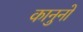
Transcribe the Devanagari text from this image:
कानुनो